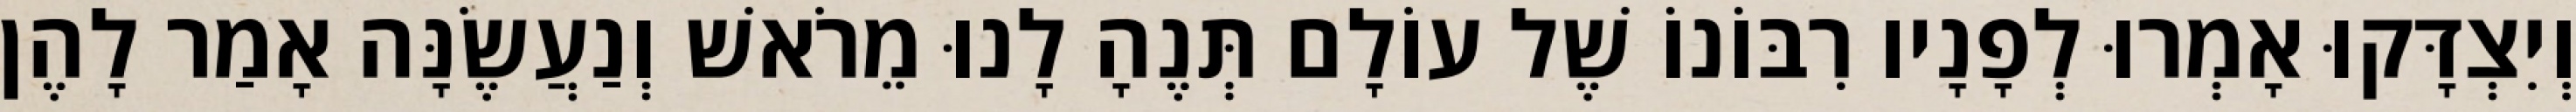
וְיִצְדָּקוּ אָמְרוּ לְפָנָיו רִבּוֹנוֹ שֶׁל עוֹלָם תְּנֶהָ לָנוּ מֵרֹאשׁ וְנַעֲשֶׂנָּה אָמַר לָהֶן